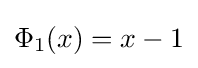
\Phi _{1}(x)=x-1